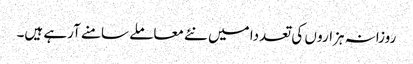
روزانہ ہزارو ں کی تعددا میں نئے معاملے سامنے آرہے ہیں۔